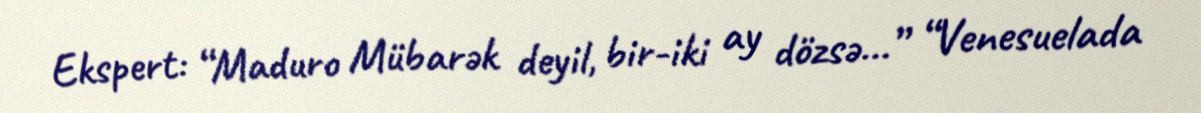
Ekspert: “Maduro Mübarək deyil, bir-iki ay dözsə...” “Venesuelada